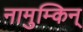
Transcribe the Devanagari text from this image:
नामुम्किन्